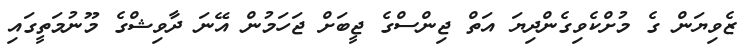
ޒެވިޔަން ގެ މުށްކެވިގެންދިޔަ އަތް ޖިންސްގެ ޖީބަށް ޖަހަމުން އޭނަ ދާވިޝްގެ މޫނުމަތީގައި